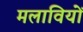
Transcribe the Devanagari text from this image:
मलावियों